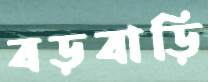
বড়বাড়ি